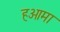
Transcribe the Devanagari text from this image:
हओमा